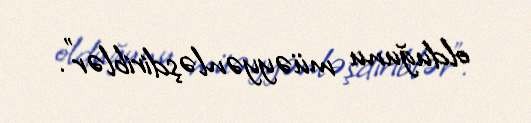
olduğunu müəyyənləşdiriblər".